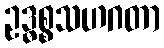
ဥဒ္ဓစ္စသဟဂတာ